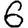
Digit: 6